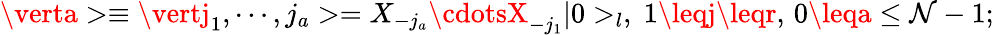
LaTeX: \verta>\equiv\vertj_{1},\cdots,j_{a}>=X_{-j_{a}}\cdotsX_{-j_{1}}\vert0>_{l},\; 1\leqj\leqr,\, 0\leqa\leq\mathcal{N}-1;